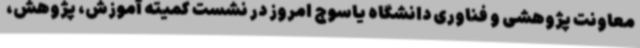
معاونت پژوهشی و فناوری دانشگاه یاسوج امروز در نشست کمیته آموزش، پژوهش،